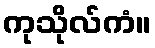
ကုသိုလ်ကံ။